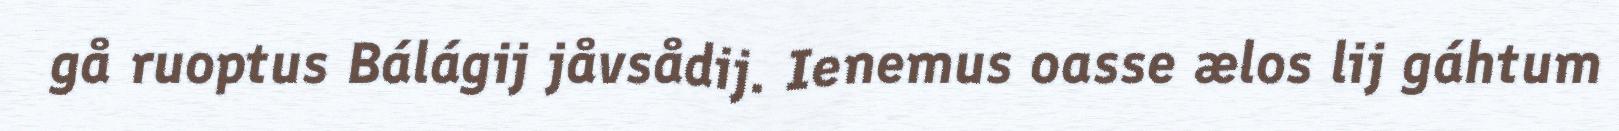
gå ruoptus Bálágij jåvsådij. Ienemus oasse ælos lij gáhtum